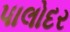
પાલોદર